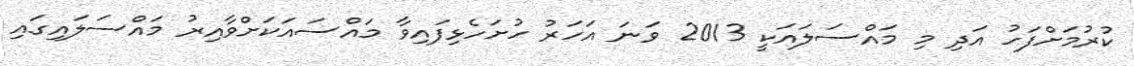
ކުރުމަށްފަހު އަދި މި މައްސަލައަކީ 2013 ވަނަ އަހަރު ހުށަހެޅިފައިވާ މައްސައަކަށްވާއިރު މައްސަލައިގައި